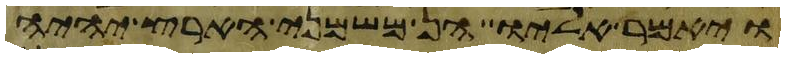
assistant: ויאמר אליו הן משמני הארץ יהיה